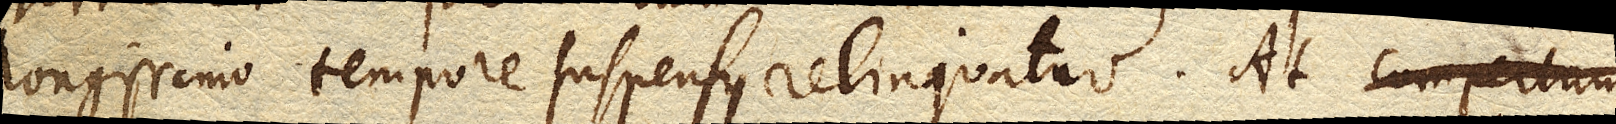
longissimo tempore suspensus relinquatur. At compertum